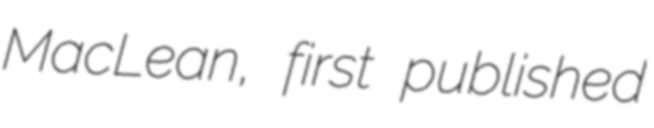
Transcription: MacLean, first published